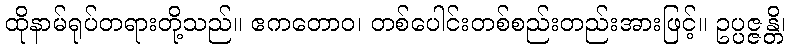
ထိုနာမ်ရုပ်တရားတို့သည်။ ဧကတောဝ၊ တစ်ပေါင်းတစ်စည်းတည်းအားဖြင့်။ ဥပ္ပဇ္ဇန္တိ၊